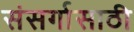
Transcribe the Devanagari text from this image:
संसर्गासाठी